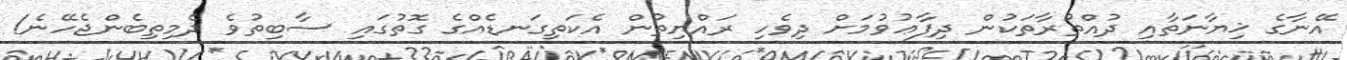
އޭނާގެ ޚިޔާނަތާއި ދުއްތުރާތަކުން ދިފާޢުވުމަށް ދިވެހި ރައްޔިތުން އެކަތިގަނޑެއްގެ ގޮތުގައި ސާބިތުވެ ދެމިތިބެންޖެހޭނެ!